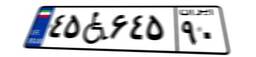
۴۵W۶۴۵۹۰